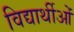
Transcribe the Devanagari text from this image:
विद्यार्थीओं